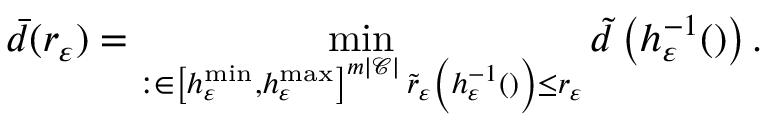
\bar { d } ( r _ { \varepsilon } ) = \operatorname* { m i n } _ { \substack { { \r : \r \in \left[ h _ { \varepsilon } ^ { \operatorname* { m i n } } , h _ { \varepsilon } ^ { \operatorname* { m a x } } \right] ^ { m \lvert \mathcal { C } \rvert } } \, { \tilde { r } _ { \varepsilon } \left( \boldsymbol { h } _ { \varepsilon } ^ { - 1 } ( \r ) \right) \leq r _ { \varepsilon } } } } \tilde { d } \left( \boldsymbol { h } _ { \varepsilon } ^ { - 1 } ( \r ) \right) .